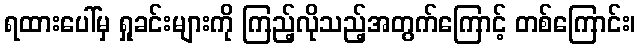
ရထားပေါ်မှ ရှုခင်းများကို ကြည့်လိုသည့်အတွက်ကြောင့် တစ်ကြောင်း၊